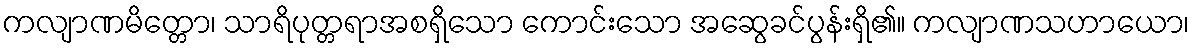
ကလျာဏမိတ္တော၊ သာရိပုတ္တရာအစရှိသော ကောင်းသော အဆွေခင်ပွန်းရှိ၏။ ကလျာဏသဟာယော၊